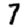
Digit: 7